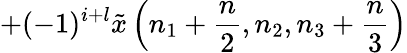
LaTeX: +(-1)^{i+l}{\tilde{x}}\left(n_{1}+{\frac{n}{2}},n_{2},n_{3}+{\frac{n}{3}}\right)